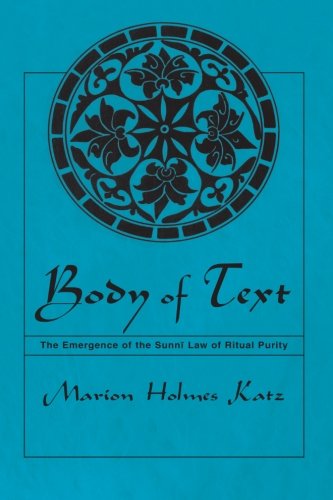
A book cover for Body of Text: The Emergence of the Sunni Law of Ritual Purity (Suny Series in Medieval Middle East History); Marion Holmes Katz; Religion & Spirituality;